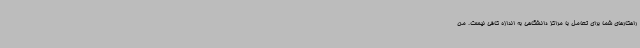
راهکارهای شما برای تعامل با مراکز دانشگاهی به اندازه کافی نیست. من